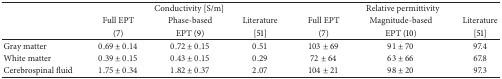
<table><thead><tr><td><b> </b></td><td colspan="3"><b>Conductivity [S/m] </b></td><td colspan="3"><b>Relative permittivity </b></td></tr><tr><td><b> </b></td><td><b>Full EPT </b></td><td><b>Phase-based </b></td><td><b>Literature </b></td><td><b>Full EPT </b></td><td><b>Magnitude-based </b></td><td><b>Literature </b></td></tr><tr><td><b> </b></td><td><b>(7) </b></td><td><b>EPT (9) </b></td><td><b>[51] </b></td><td><b>(7) </b></td><td><b>EPT (10) </b></td><td><b>[51] </b></td></tr></thead><tbody><tr><td>Gray matter </td><td>0.69 ± 0.14</td><td>0.72 ± 0.15</td><td>0.51</td><td>103 ± 69</td><td>91 ± 70</td><td>97.4 </td></tr><tr><td>White matter </td><td>0.39 ± 0.15</td><td>0.43 ± 0.15</td><td>0.29</td><td>72 ± 64</td><td>63 ± 66</td><td>67.8 </td></tr><tr><td>Cerebrospinal fluid </td><td>1.75 ± 0.34</td><td>1.82 ± 0.37</td><td>2.07</td><td>104 ± 21</td><td>98 ± 20</td><td>97.3 </td></tr></tbody></table>